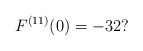
\begin{align*}F^{(11)}(0)=-32?\end{align*}